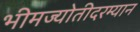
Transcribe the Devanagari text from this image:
भीमज्योतीदरम्यान